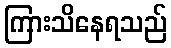
ကြားသိနေရသည်